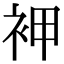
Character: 䘥